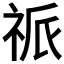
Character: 𥙎